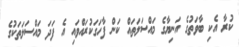
ކުރާ އެކި ބާވަތުގެ އަނިޔާގެ މައްސަލަތައް ކަން ފާހަގަކުރައްވައި އެ ފަދަ މައްސަލަތަކުގެ